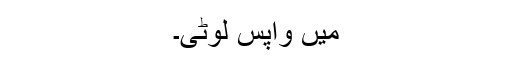
مَیں واپس لوٹی۔